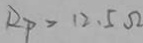
R _ { P } > 1 2 . 5 \Omega